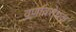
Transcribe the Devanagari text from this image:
वर्णावरोधक